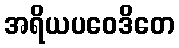
အရိယပဝေဒိတေ